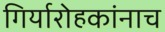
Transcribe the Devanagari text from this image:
गिर्यारोहकांनाच